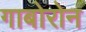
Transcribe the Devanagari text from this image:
गाबोरोन